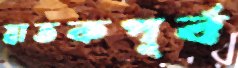
স্নাতকপূর্ব